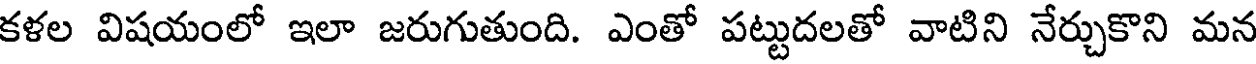
కళల విషయంలో ఇలా జరుగుతుంది. ఎంతో పట్టుదలతో వాటిని నేర్చుకొని మన